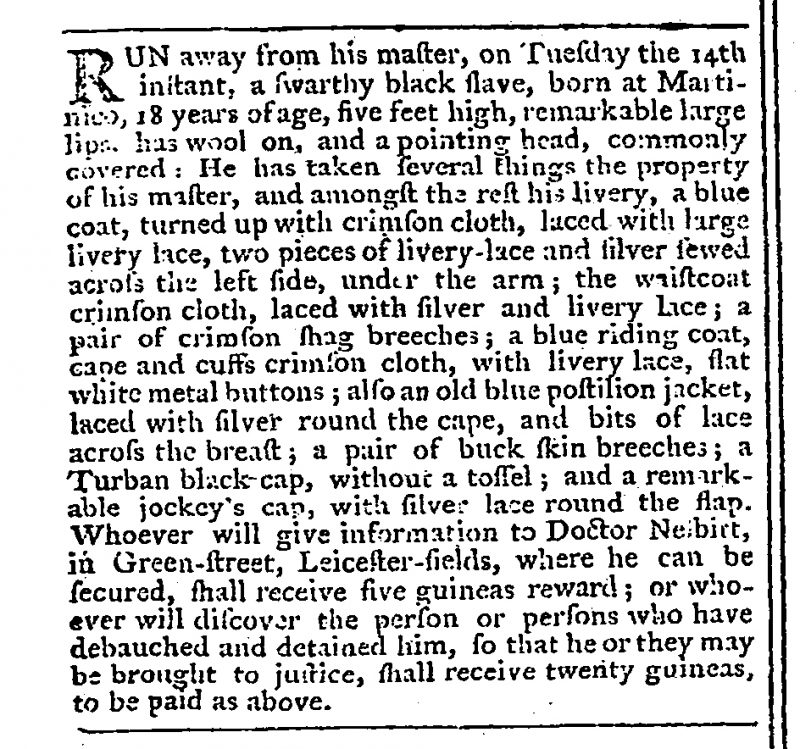
Gazetteer and New Daily Advertiser, 19 June 1765 (England)
RUN away from his master, on Tuesday the 14th instant, a swarthy black slave, born at Martinico, 18 of age, five feet high, remarkable large lips, has wool on, and a pointing head, commonly covered: He has taken several things the property of his master, and amongst the rest his livery, a blue coat, turned up with crimson cloth, laced with large livery lace, two pieces of livery-lace and silver sewed across the left side, under the arm; the waistcoat crimson cloth, laced with silver and livery lace; a pair of crimson shag breeches; a blue riding coat, cape and cuffs crimson cloth, with livery lace, flat white metal buttons; also an old postilion jacket, laced with silver around the cape, and bits of lace around the breast; a pair of buck skin breeches; a Turban black cap, without a tossel; and a remarkable jockey’s cap, with silver lace round the flap. Whoever will give information to Doctor Nesbitt, in Green-street, Leicester-fields, where he can be secured, shall receive five guineas reward; or whoever will discover the person or persons who have debauched and detained him, so that he may be brought to justice, shall receive twenty guineas, to be paid as above.